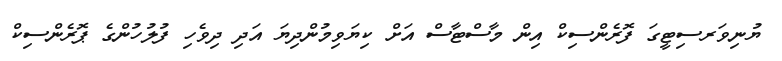
ޔުނިވަރސިޓީގަ ފޮރެންސިކް އިން މާސްޓާސް އަށް ކިޔަވިމުންދިޔަ އަދި ދިވެހި ފުލުހުންގެ ޕޮރެންސިކް